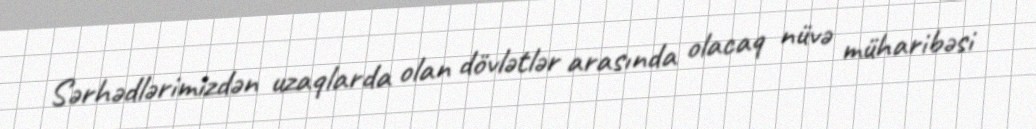
Sərhədlərimizdən uzaqlarda olan dövlətlər arasında olacaq nüvə müharibəsi